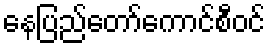
နေပြည်တော်ကောင်စီဝင်